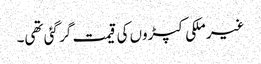
غیر ملکی کپڑوں کی قیمت گر گئی تھی۔